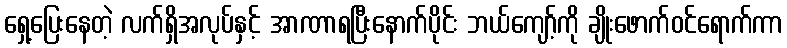
ရှေ့ပြေးနေတဲ့ လက်ရှိအလုပ်နှင့် အာဏာရပြီးနောက်ပိုင်း ဘယ်ကျော့်ကို ချိုးဖောက်ဝင်ရောက်ကာ